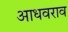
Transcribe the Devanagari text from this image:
आधवराव